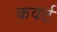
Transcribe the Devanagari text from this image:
कवर्ट